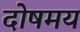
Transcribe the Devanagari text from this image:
दोषमय